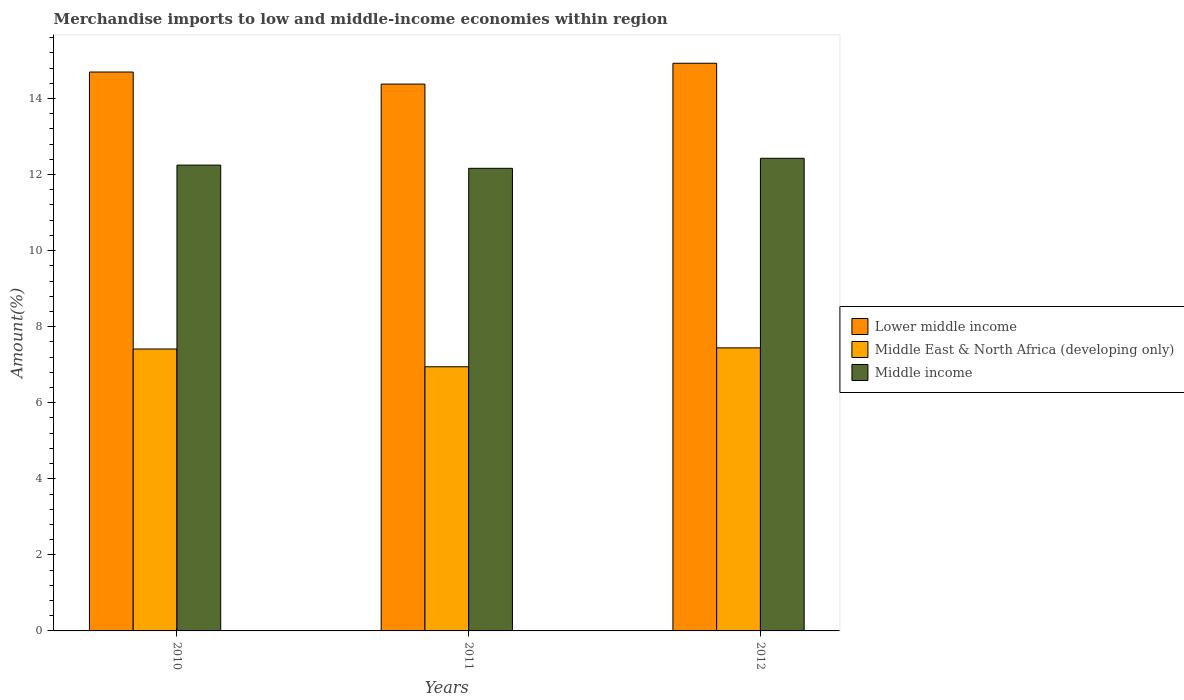
| Years | Lower middle income | Middle East & North Africa (developing only) | Middle income |
 | --- | --- | --- | --- |
 | 2010 | 14.7 | 7.41 | 12.2 |
 | 2011 | 14.4 | 6.95 | 12.2 |
 | 2012 | 14.9 | 7.44 | 12.4 |